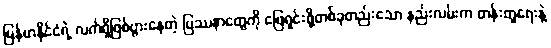
မြန်မာနိုင်ငံရဲ့ လက်ရှိဖြစ်ပွားနေတဲ့ ပြဿနာတွေကို ဖြေရှင်းဖို့တစ်ခုတည်းသော နည်းလမ်းက တန်းတူရေးနဲ့